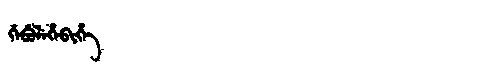
Manchu: ᡤᡝᠪᡠᠯᡝᡥᡝᠪᡳᡥᡝ
Romanization: GEBULEHEBIHE